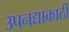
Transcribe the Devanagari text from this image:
उपनद्याकाठी